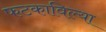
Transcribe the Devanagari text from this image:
फटकाविल्या